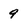
Character: 9